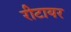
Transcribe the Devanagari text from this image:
रीटायर